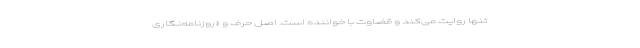
تنها روایت می‌کند و قضاوت با خواننده است. اصل حرف و «روزنامه‌نگاری